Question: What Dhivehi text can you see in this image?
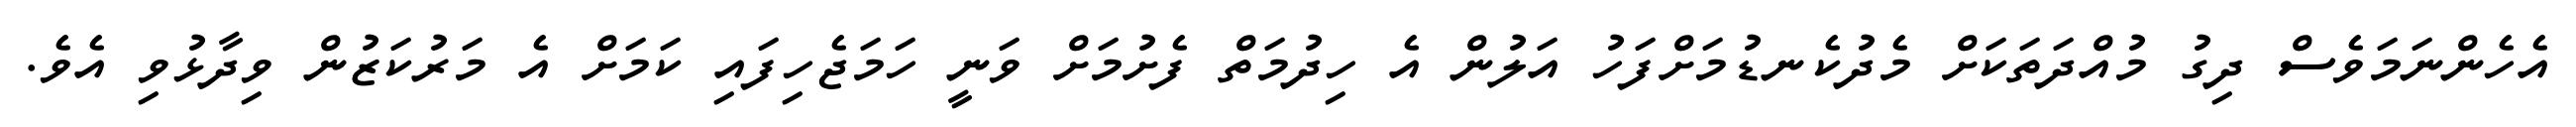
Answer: އެހެންނަމަވެސް ދިގު މުއްދަތަކަށް މެދުކެނޑުމަށްފަހު އަލުން އެ ހިދުމަތް ފެށުމަށް ވަނީ ހަމަޖެހިފައި ކަމަށް އެ މަރުކަޒުން ވިދާޅުވި އެވެ.